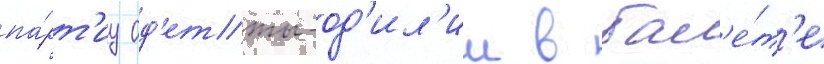
па́рт'иу од'етты-од'ил'ии в бал'е́т'е